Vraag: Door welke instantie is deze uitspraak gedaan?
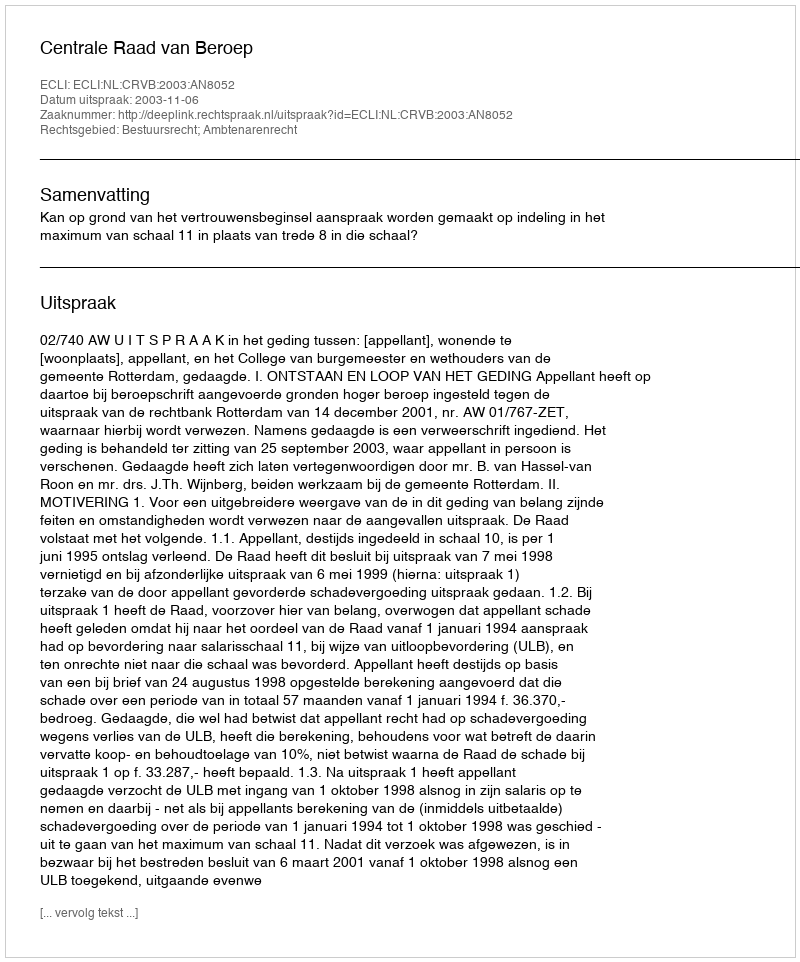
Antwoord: Centrale Raad van Beroep